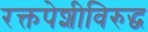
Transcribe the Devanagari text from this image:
रक्तपेशीविरुद्ध